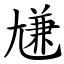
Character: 尲